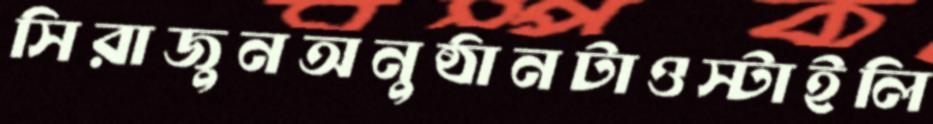
সিরাজুনঅনুষ্ঠানটাওস্টাইলি